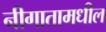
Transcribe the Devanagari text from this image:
नीगातामधील